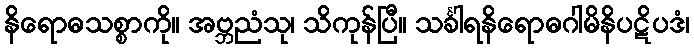
နိရောဓသစ္စာကို။ အဗ္ဘညံသု၊ သိကုန်ပြီ။ သင်္ခါရနိရောဓဂါမိနိပဋိပဒံ၊